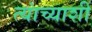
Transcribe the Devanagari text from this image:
त्यांच्याशीं